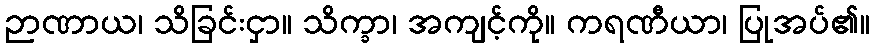
ဉာဏာယ၊ သိခြင်းငှာ။ သိက္ခာ၊ အကျင့်ကို။ ကရဏီယာ၊ ပြုအပ်၏။